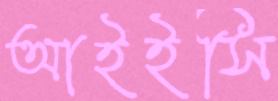
আইইসি